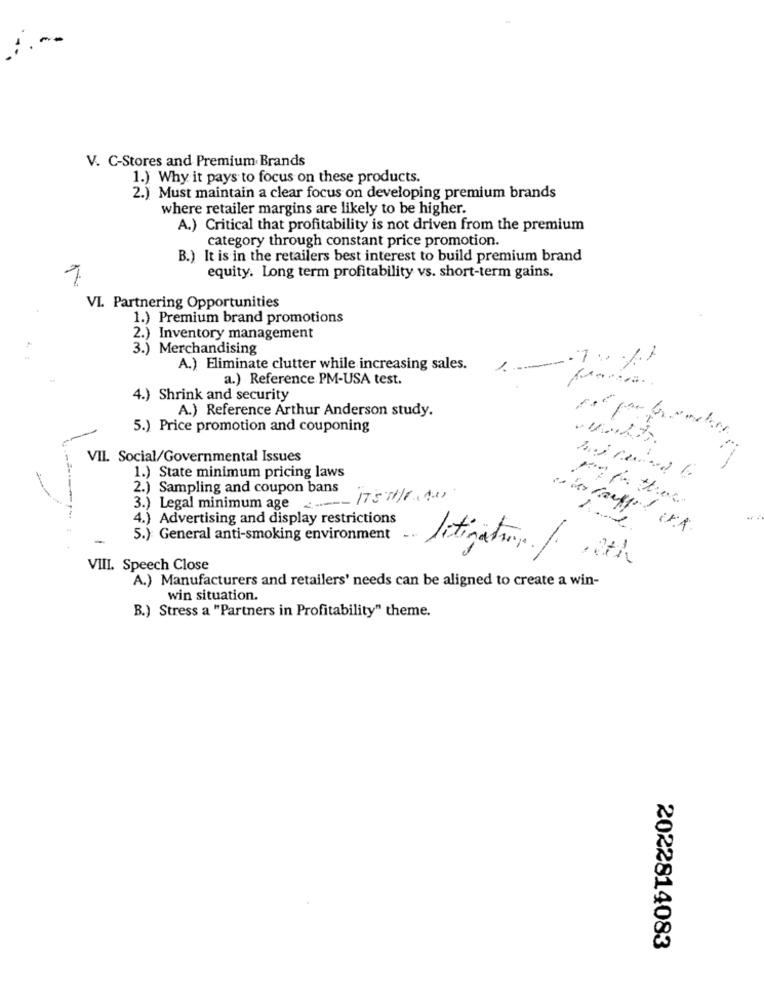
V. C-Stores and Premium Brands
1.) Why it pays to focus on these products.
2.) Must maintain a clear focus on developing premium brands
where retailer margins are likely to be higher.
A.) Critical that profitability is not driven from the premium
category through constant price promotion.
B.) It is in the retailers best interest to build premium brand
7
equity. Long term profitability vs. short-term gains.
VI. Partnering Opportunities
1.) Premium brand promotions
)Inventory management
Merchandising
A.) Eliminate clutter while increasing sales.
a.) Reference PM-USA test.
4.) Shrink and security
A.) Reference Arthur Anderson study.
5.) Price promotion and couponing
VII. Social/Governmental Issues
1.) State minimum pricing laws
2.) Sampling and coupon bans
3.) Legal minimum age
4.) Advertising and display restrictions
· K
5.) General anti-smoking environment
VIII. Speech Close
litigation / 12th
A.) Manufacturers and retailers' needs can be aligned to create a win-
win situation.
B.) Stress a "Partners in Profitability" theme.
2022814083